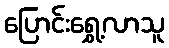
ပြောင်းရွှေ့လာသူ